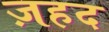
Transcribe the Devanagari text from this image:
ज़हद